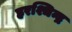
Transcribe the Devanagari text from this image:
हरश्चिन्द्र